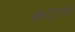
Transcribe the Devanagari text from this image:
कांटचे